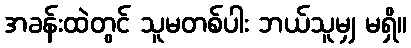
အခန်းထဲတွင် သူမတစ်ပါး ဘယ်သူမျှ မရှိ။